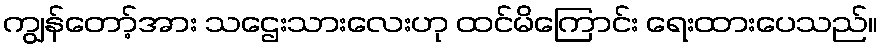
ကျွန်တော့်အား သဌေးသားလေးဟု ထင်မိကြောင်း ရေးထားပေသည်။